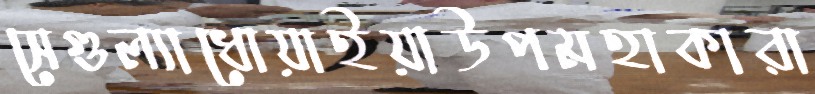
সেগুল্যাধোয়াইয়াউপমহাকারা